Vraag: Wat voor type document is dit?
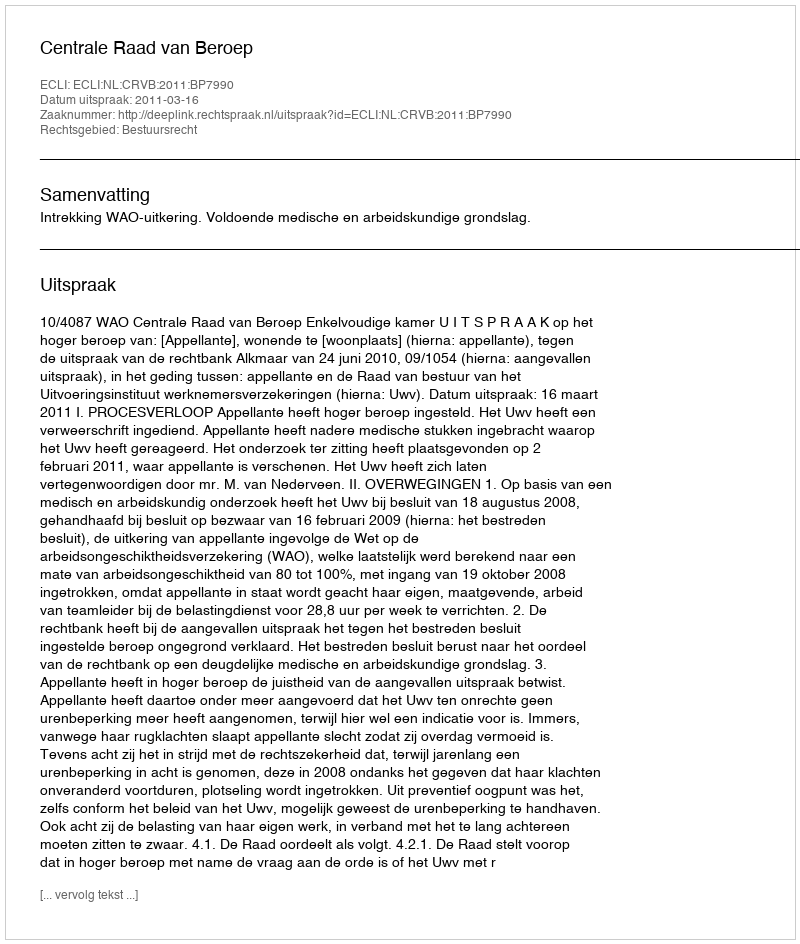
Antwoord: Uitspraak